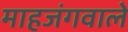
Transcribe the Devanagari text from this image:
माहजंगवाले